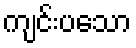
ကျင်းပသော